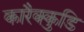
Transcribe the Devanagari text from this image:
कारैक्कुडि